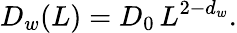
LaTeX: D_{w}(L)=D_{0}\, L^{2-d_{w}}.